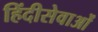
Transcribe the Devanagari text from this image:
हिंदीसेवाओं